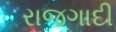
રાજગાદી